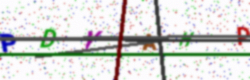
Text: PDYAHP